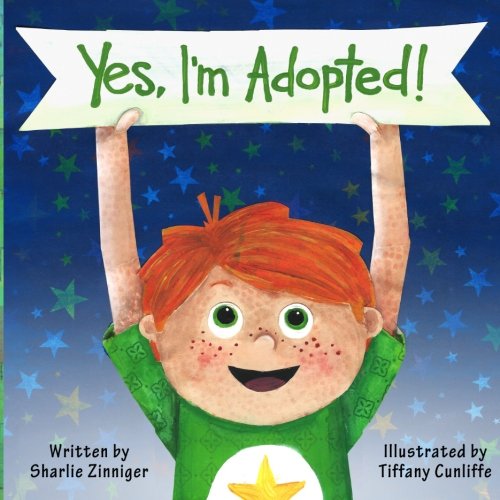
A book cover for Yes, I'm Adopted!; Sharlie Zinniger; Parenting & Relationships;